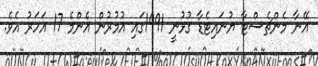
އޭނާ މެންޗެސްޓާ ޔުނައިޓެޑާ ގުޅުނީ 1991ގައި އުމުރުން އެންމެ 17 އަހަރު އެވެ.